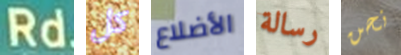
Rd كل الأضلاع رسالة نحن